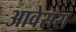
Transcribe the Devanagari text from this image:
आवेसरा